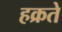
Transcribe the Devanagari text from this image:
हक्रते